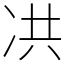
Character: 㓋